Report of the Indian Hemp Drugs Commission, 1894-1895 - Volume II
Year: 1894
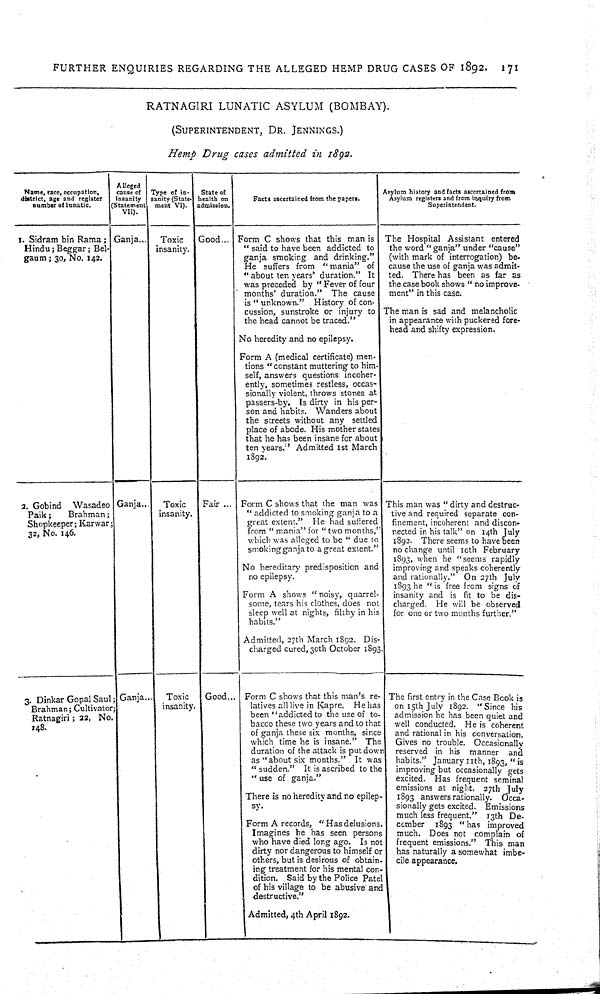
FURTHER ENQUIRIES REGARDING THE ALLEGED HEMP DRUG CASES OF 1892. 171
RATNAGIRI LUNATIC ASYLUM (BOMBAY).
(SUPERINTENDENT, DR. JENNINGS.)
Hemp Drug cases admitted in 1892.
Name, race, occupation,
district, age and register
number of lunatic.
Alleged
cause of
insanity
(Statement
VII).
Type of in-
sanity (State-
ment VI).
State of
health on
admission.
Facts ascertained from the papers.
Asylum history and facts ascertained from
Asylum registers and from inquiry from
Superintendent.
I. Sidram bin Rama;
Hindu; Beggar; Bel-
gaum; 30, No. 142.
Ganja
Toxic
insanity.
Good
Form C shows that this man is
"said to have been addicted to
ganja smoking and drinking."
He suffers from "mania" of
"about ten years' duration." It
was preceded by "Fever of four
months' duration." The cause
is "unknown."
History of con-
cussion, sunstroke or injury to
the head cannot be traced."
No heredity and no epilepsy.
Form A (medical certificate) men-
tions "constant muttering to him-
self, answers questions incoher-
ently, sometimes restless, occas-
sionally violent, throws stones at
passers-by. Is dirty in his per-
son and habits. Wanders about
the streets without any settled
place of abode. His mother states
that he has been insane for about
ten years." Admitted 1st March
1892.
The Hospital Assistant entered
the word "ganja" under "cause"
(with mark of interrogation) be-
cause the use of ganja was admit-
ted. There has been as far as
the case book shows "no improve-
ment" in this case.
The man is sad and melancholic
in appearance with puckered fore-
head and shifty expression.
2. Gobind
Wasadeo
Paik;
Brahman;
Shopkeeper; Karwar
32, No. 146.
Ganja
Toxic
insanity.
Fair
Form C shows that the man was
"addicted to smoking ganja to a
great extent." He had suffered
from "mania" for "two months,"
which was alleged to be "due to
smoking ganja to a great extent."
No hereditary predisposition and
no epilepsy.
Form A shows "noisy, quarrel-
some, tears his clothes, does not
sleep well at nights, filthy in his
habits."
Admitted, 27th March 1892. Dis-
charged cured, 30th October 1893.
This man was "dirty and destruc-
tive and required separate con-
finement, incoherent and discon-
nected in his talk" on 14th July
1892. There seems to have been
no change until 10th February
1893, when he "seems rapidly
improving and speaks coherently
and rationally." On 27th July
1893 he "is free from signs of
insanity and is fit to be dis-
charged. He will be observed
for one or two months further."
3. Dinkar Gopal Saul
Brahman; Cultivator;
Ratnagiri; 22, No.
148.
Ganja
Toxic
insanity.
Good
Form C shows that this man's re-
latives all live in Kapre. He has
been "addicted to the use of to-
bacco these two years and to that
of ganja these six months, since
which time he is insane." The
duration of the attack is put down
as "about six months." It was
"sudden." It is ascribed to the
"use of ganja."
There is no heredity and no epilep-
sy.
Form A records, "Has delusions.
Imagines he has seen persons
who have died long ago. Is not
dirty nor dangerous to himself or
others, but is desirous of obtain.
ing treatment for his mental con-
dition. Said by the Police Patel
of his village to be abusive and
destructive."
Admitted, 4th April 1892.
The first entry in the Case Book 15
on 15th July 1892. "Since his
admission he has been quiet and
well conducted. He is coherent
and rational in his conversation.
Gives no trouble. Occasionally
reserved in his manner
and
habits." January 11th, 1893, "is
improving but occasionally gets
excited. Has frequent seminal
emissions at night. 27th July
1893 answers rationally. Occa-
sionally gets excited. Emissions
much less frequent." 13th De-
cember
1893 "has improved
much. Does not complain of
frequent emissions." This man
has naturally a somewhat imbe-
cile appearance.